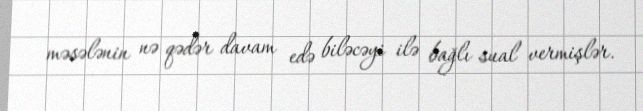
məsələnin nə qədər davam edə biləcəyi ilə bağlı sual vermişlər.